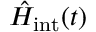
\hat { H } _ { \mathrm { i n t } } ( t )